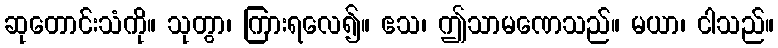
ဆုတောင်းသံကို။ သုတွာ၊ ကြားရလေ၍။ ဧသ၊ ဤသာမဏေသည်။ မယာ၊ ငါသည်။